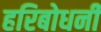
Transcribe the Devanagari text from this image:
हरिबोधनी